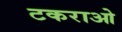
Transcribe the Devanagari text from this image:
टकराओ